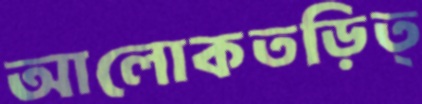
আলোকতড়িত্